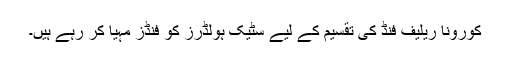
کورونا ریلیف فنڈ کی تقسیم کے لیے سٹیک ہولڈرز کو فنڈز مہیا کر رہے ہیں۔